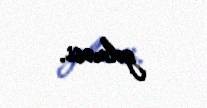
gəlməsi.